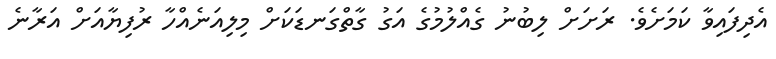
އެދިފައިވާ ކަމަށެވެ. ރަށަށް ލިބުނު ގެއްލުމުގެ އަގު ގާތްގަނޑަކަށް މިލިއަނެއްހާ ރުފިޔާއަށް އަރާނެ